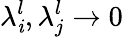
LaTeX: \lambda_{\mathit{i}}^{l},\lambda_{j}^{l}\rightarrow0